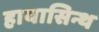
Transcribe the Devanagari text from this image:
हायासिन्थ